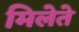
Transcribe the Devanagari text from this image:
मिलेते